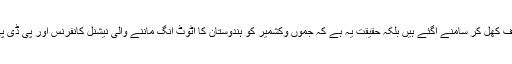
ایسا نہیں ہے کہ صرف علاحدگی پسند اور سول سوسائٹی کی جانب سے دفعہ 35Aکو ختم کرنے کے خلاف کھل کر سامنے آگئے ہیں بلکہ حقیقت یہ ہے کہ جموں وکشمیر کو ہندوستان کا اٹوٹ انگ ماننے والی نیشنل کانفرنس اور پی ڈی پی جیسی جماعتیں بھی اس معاملے میں کشمیری علاحدگی پسندوں اور تاجروں وسول سوسائٹی ہم خیال ہیں۔